Sleeping sickness
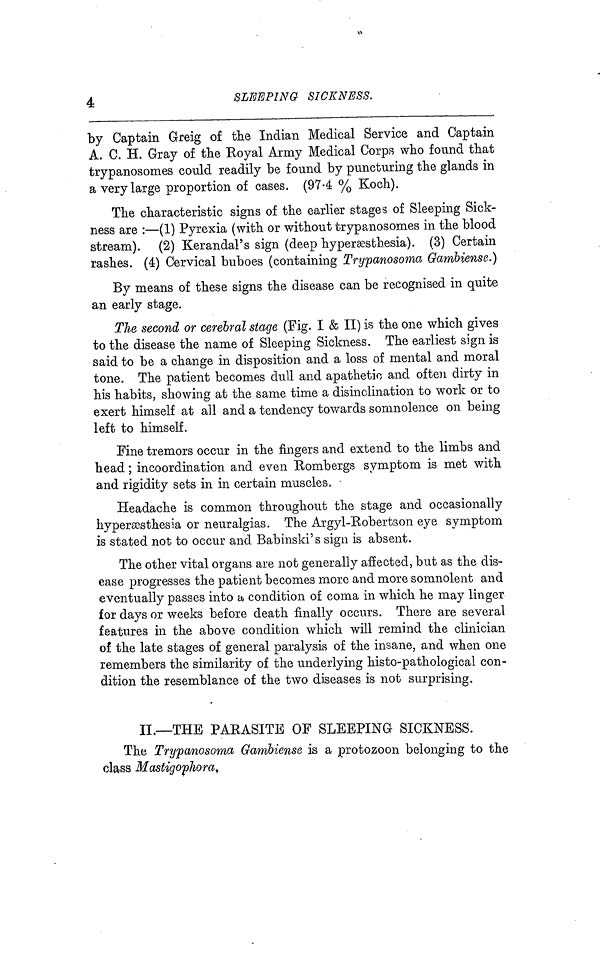
4
SLEEPING
SICKNESS.
by Captain Greig of the Indian Medical Service and Captain
A. C. H. Gray of the Koyal Axmy Medical Corps who found that
trypanosomes could readily be found by puncturing the glands in
a very large proportion of cases. (97·4 % Koch).
The characteristic signs of the earlier stages of Sleeping Sick-
ness are :—(1) Pyrexia (with or without trypanosomes in the blood
stream). (2) KerandaPs sign (deep hypersesthesia). (3) Certain
rashes. (4) Cervical buboes (containing Trypanosoma Gambiense.)
By means of these signs the disease can be recognised in quite
an early stage.
The second or cerebral stage (Fig. I & II) is the one which gives
to the disease the name of Sleeping Sickness. The earliest sign is
said to be a change in disposition and a loss of mental and moral
tone. The patient becomes dull and apathetic and often dirty in
his habits, showing at the same time a disinclination to work or to
exert himself at all and a tendency towards somnolence on being
left to himself.
Fine tremors occur in the fingers and extend to the limbs and
head ; incoordination and even Rombergs symptom is met with
and rigidity sets in in certain muscles.
Headache is common throughout the stage and occasionally
hypersesthesia or neuralgias. The Argyl-Robertson eye symptom
is stated not to occur and Babinsld's sign is absent.
The other vital organs are not generally affected, but as the dis-
ease progresses the patient becomes more and more somnolent and
eventually passes into a condition of coma in which he may linger
for days or weeks before death finally occurs. There are several
features in the above condition which will remind the clinician
of the late stages of general paralysis of the insane, and when one
remembers the similarity of the underlying his to-pathological con-
dition the resemblance of the two diseases is not surprising.
II.—THE PARASITE OF SLEEPING SICKNESS.
The Trypanosoma Gambiense is a protozoon belonging to the
class Mastigophora,